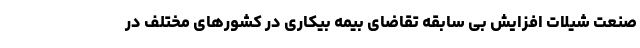
صنعت شیلات افزایش بی سابقه تقاضای بیمه بیکاری در کشورهای مختلف در